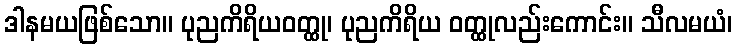
ဒါနမယဖြစ်သော။ ပုညကိရိယဝတ္ထု၊ ပုညကိရိယ ဝတ္ထုလည်းကောင်း။ သီလမယံ၊